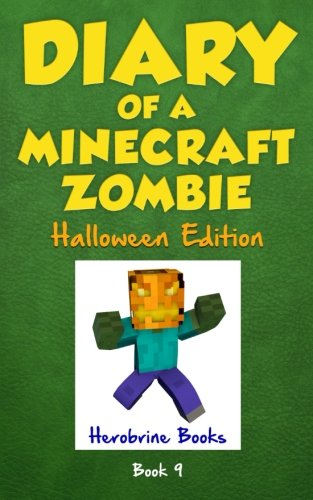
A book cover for Halloween Edition - Diary of a Minecraft Zombie Book 9: Zombie's Birthday Apocalypse (An Unofficial Minecraft Book); Herobrine Books; Children's Books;